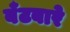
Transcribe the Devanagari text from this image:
बँटबारे